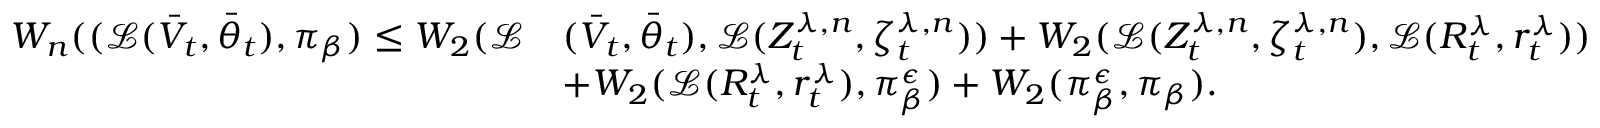
\begin{array} { r l } { W _ { n } ( ( \mathcal { L } ( \bar { V } _ { t } , { \bar { \theta } _ { t } } ) , \pi _ { \beta } ) \leq W _ { 2 } ( \mathcal { L } } & { ( \bar { V } _ { t } , { \bar { \theta } _ { t } } ) , \mathcal { L } ( Z _ { t } ^ { \lambda , n } , \zeta _ { t } ^ { \lambda , n } ) ) + W _ { 2 } ( \mathcal { L } ( Z _ { t } ^ { \lambda , n } , \zeta _ { t } ^ { \lambda , n } ) , \mathcal { L } ( R _ { t } ^ { \lambda } , r _ { t } ^ { \lambda } ) ) } \\ & { + W _ { 2 } ( \mathcal { L } ( R _ { t } ^ { \lambda } , r _ { t } ^ { \lambda } ) , \pi _ { \beta } ^ { \epsilon } ) + W _ { 2 } ( \pi _ { \beta } ^ { \epsilon } , \pi _ { \beta } ) . } \end{array}